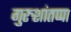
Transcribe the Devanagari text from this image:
गुरुशांतप्पा